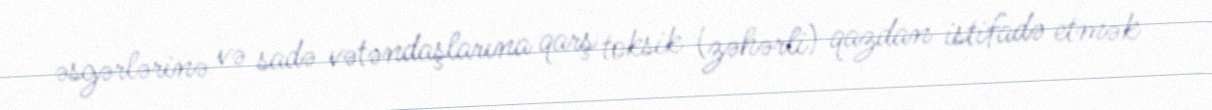
əsgərlərinə və sadə vətəndaşlarına qarş toksik (zəhərli) qazdan istifadə etmək